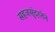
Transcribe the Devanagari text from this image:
सहजसुंदरतेने